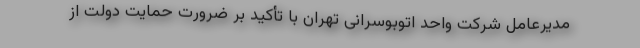
مدیرعامل شرکت واحد اتوبوسرانی تهران با تأکید بر ضرورت حمایت دولت از